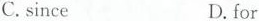
C.sinceD.for